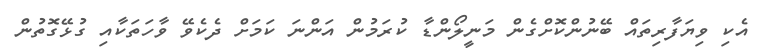
އެކި ވިޔަފާރިތައް ބޭނުންކޮށްގެން މަނީލޯންޑާ ކުރަމުން އަންނަ ކަމަށް ދެކެވޭ ވާހަތަކާއި ގުޅޭގޮތުން